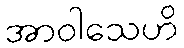
အာဝါသေဟိ